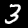
Label: 3